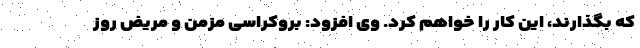
که بگذارند، این کار را خواهم کرد. وی افزود: بروکراسی مزمن و مریض روز